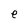
Character: e